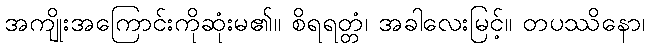
အကျိုးအကြောင်းကိုဆုံးမ၏။ စိရရတ္တံ၊ အခါလေးမြင့်။ တပဿိနော၊